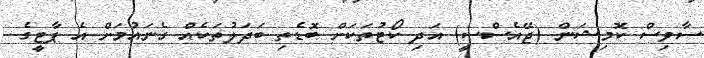
ސާވިސް ކޮމިޝަން (ޖޭއެސްސީ) އަދި ކޯޓުތަކަށް ބޮޑެތި ބަދަލުތަކެއް ގެނައުމަށް އެ ޕާޓީގެ